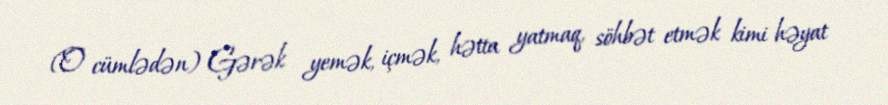
(O cümlədən) Gərək yemək, içmək, hətta yatmaq, söhbət etmək kimi həyat